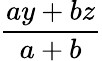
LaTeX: \frac{ay+bz}{a+b}